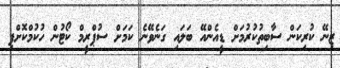
ޒިނޭ ކުރިކަން ސާބިތުކުރުމަށް ޑީއެންއޭ ބަލައި ގަނެވޭނެ ކަމަށް ސުޕްރީމް ކޯޓުން ހުކުމްކޮށްފި